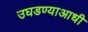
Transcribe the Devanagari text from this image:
उघडण्याआधी